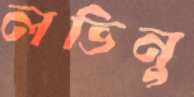
লভিনু